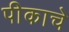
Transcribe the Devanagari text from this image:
पीकाचे